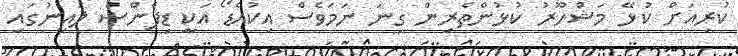
ކުރިއަށް ކުޅޭ މަޝްހޫރު ކުޅުންތެރިން ގިނަ ނަމަވެސް އިކުއެޑޯ އަކީ ޑިފެންސް ލައިނުގައި